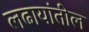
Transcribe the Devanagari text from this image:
लढायांतील